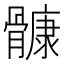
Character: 𲌑